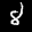
Label: 8